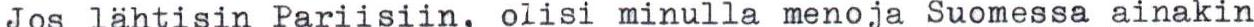
Jos lähtisin Pariisiin, olisi minulla menoja Suomessa ainakin